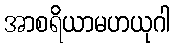
အာစရိယာမဟယုဂါ